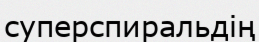
суперспиральдің